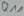
Text: Q11